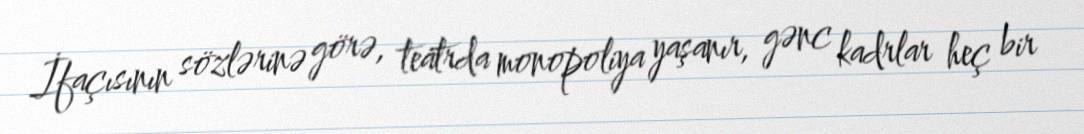
İfaçısının sözlərinə görə, teatrda monopoliya yaşanır, gənc kadrlar heç bir